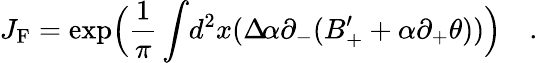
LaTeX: J_{\mathrm{{F}}}=\exp\Bigl(\frac{1}{\pi}\int\! d^{2}x(\Delta\! \alpha\partial_{-}(B_{+}^{\prime}+\alpha\partial_{+}\theta))\Bigr)\quad.